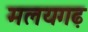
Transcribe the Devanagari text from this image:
मलयगढ़